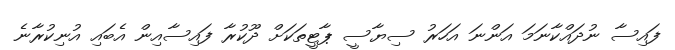
ފައިސާ ނުދައްކާނަމަ އަންނަ އަހަރު ސިޔާސީ ޕާޓީތަކަށް ދޫކުރާ ފައިސާއިން އެބައި އުނިކުރާނެ